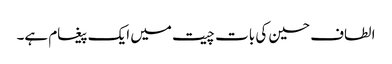
الطاف حسین کی بات چیت میں ایک پیغام ہے۔